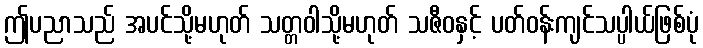
ဤပညာသည် အပင်သို့မဟုတ် သတ္တဝါသို့မဟုတ် သဇီဝနှင့် ပတ်ဝန်းကျင်သပ္ပါယ်ဖြစ်ပုံ